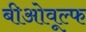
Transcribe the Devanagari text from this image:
बीओवूल्फ